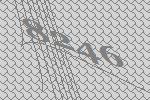
8246